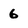
Character: 6